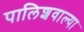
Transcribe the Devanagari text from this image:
पालिशवाल्या